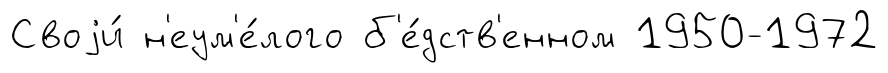
Своjи́ н'еум'е́лого б'е́дств'енном 1950-1972